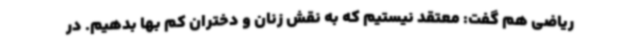
ریاضی هم گفت: معتقد نیستیم که به نقش زنان و دختران کم بها بدهیم. در